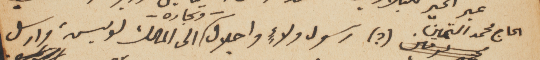
الحاج محمد الـتمين. (؟) رسول ولاء واجلال – وتجاره – الى الملك لويس، وارسل